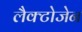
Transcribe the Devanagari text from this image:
लैक्टोजेन